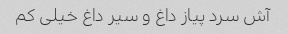
آش سرد پیاز داغ و سیر داغ خیلی کم